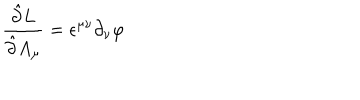
LaTeX: \frac { \hat { \partial } L } { \hat { \partial } A _ { \mu } } = \epsilon ^ { \mu \nu } \partial _ { \nu } \varphi